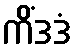
ကိံဒဒံ